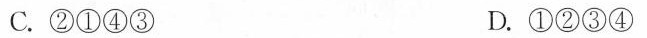
C.②①④③ D.①②③④